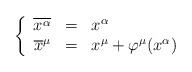
\begin{align*}\left\{\begin{array}{rcl}\overline{x^{\alpha}}&=&x^{\alpha}\\\overline{x}^{\mu}&=&x^{\mu}+\varphi^{\mu}(x^{\alpha})\end{array}\right.\end{align*}